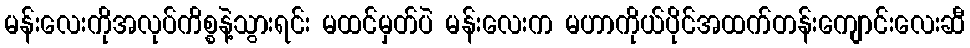
မန်းလေးကိုအလုပ်ကိစ္စနဲ့သွားရင်း မထင်မှတ်ပဲ မန်းလေးက မဟာကိုယ်ပိုင်အထက်တန်းကျောင်းလေးဆီ